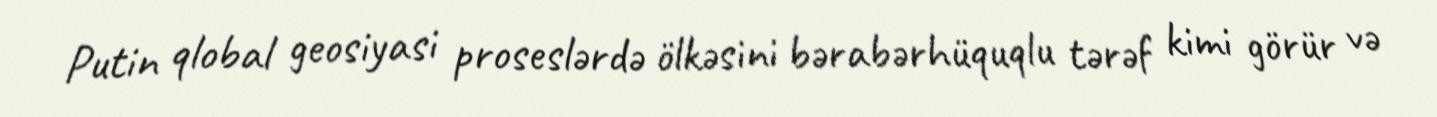
Putin qlobal geosiyasi proseslərdə ölkəsini bərabərhüquqlu tərəf kimi görür və